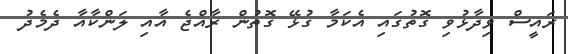
ރައީސް ވިދާޅުވި ގޮތުގައި އެކަމާ ގުޅޭ ގޮތުން ރާއްޖެ އާއި ލަންކާއާ ދެމެދު